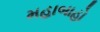
મહાબાહો